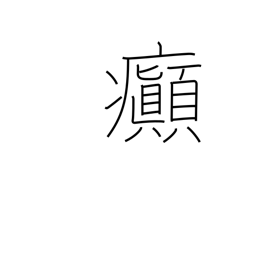
Meaning: insanity